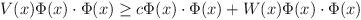
LaTeX: \begin{align*}V(x)\Phi(x) \cdot \Phi(x) \geq c\Phi(x)\cdot \Phi(x) + W(x)\Phi(x) \cdot \Phi(x)\end{align*}